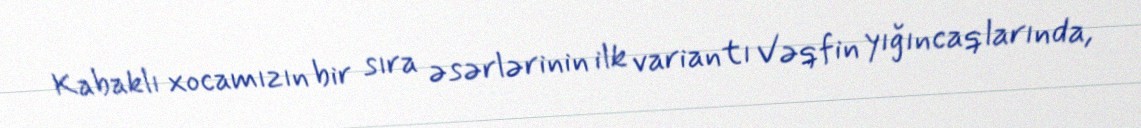
Kabaklı xocamızın bir sıra əsərlərinin ilk variantı Vəqfin yığıncaqlarında,